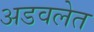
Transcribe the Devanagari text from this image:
अडवलेत